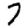
Digit: 7